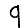
Digit: 9